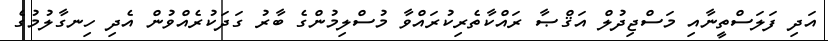
އަދި ފަލަސްތީނާއި މަސްޖިދުލް އަޤްޞާ ރައްކާތެރިކުރައްވާ މުސްލިމުންގެ ބާރު ގަދަކުރެއްވުން އެދި ހިނގާލުމުގެ